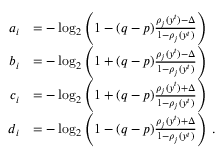
\begin{array} { r l } { a _ { i } } & { = - \log _ { 2 } \left( 1 - ( q - p ) \frac { \rho _ { j } ( y ^ { t } ) - \Delta } { 1 - \rho _ { j } ( y ^ { t } ) } \right) } \\ { b _ { i } } & { = - \log _ { 2 } \left( 1 + ( q - p ) \frac { \rho _ { j } ( y ^ { t } ) - \Delta } { 1 - \rho _ { j } ( y ^ { t } ) } \right) } \\ { c _ { i } } & { = - \log _ { 2 } \left( 1 + ( q - p ) \frac { \rho _ { j } ( y ^ { t } ) + \Delta } { 1 - \rho _ { j } ( y ^ { t } ) } \right) } \\ { d _ { i } } & { = - \log _ { 2 } \left( 1 - ( q - p ) \frac { \rho _ { j } ( y ^ { t } ) + \Delta } { 1 - \rho _ { j } ( y ^ { t } ) } \right) \, . } \end{array}